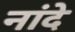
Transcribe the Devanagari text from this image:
नांदे